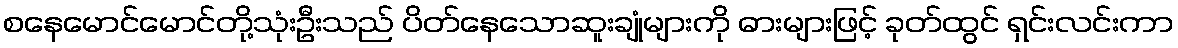
စနေမောင်မောင်တို့သုံးဦးသည် ပိတ်နေသောဆူးချုံများကို ဓားများဖြင့် ခုတ်ထွင် ရှင်းလင်းကာ